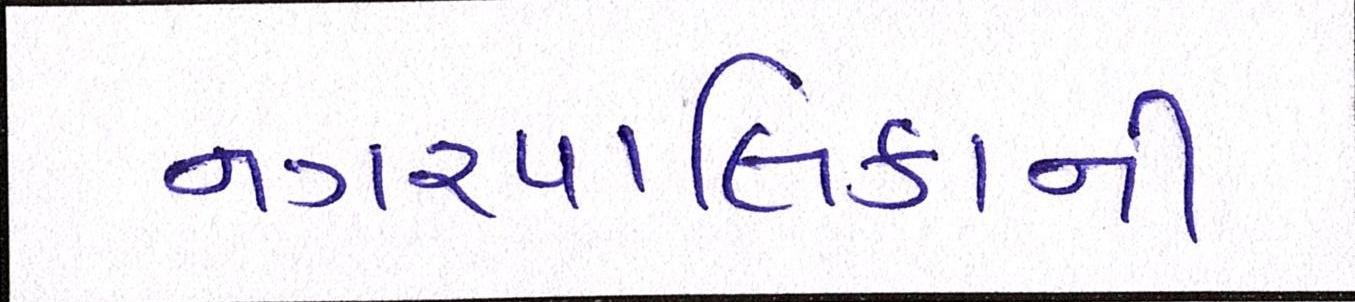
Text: નગરપાલિકાની